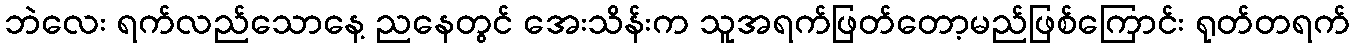
ဘဲလေး ရက်လည်သောနေ့ ညနေတွင် အေးသိန်းက သူအရက်ဖြတ်တော့မည်ဖြစ်ကြောင်း ရုတ်တရက်